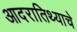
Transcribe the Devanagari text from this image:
आदरातिथ्याचे